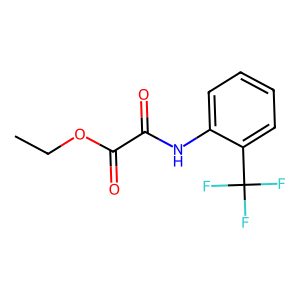
SMILES: CCOC(=O)C(=O)Nc1ccccc1C(F)(F)F
Inhibits HIV replication: No